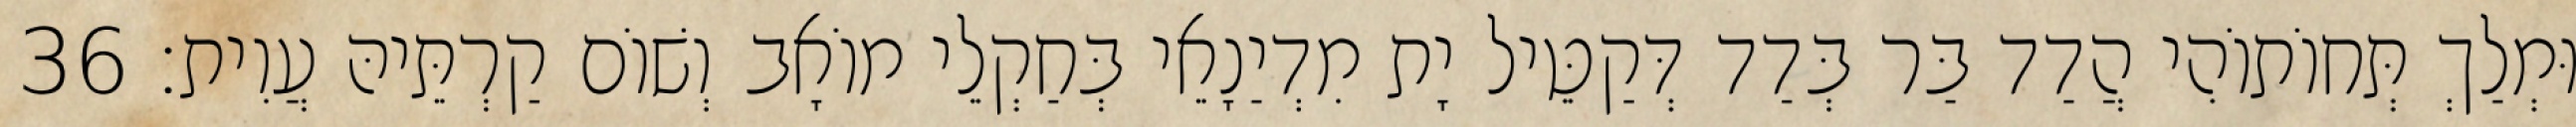
וּמְלַךְ תְּחוֹתוֹהִי הֲדַד בַּר בְּדַד דְּקַטֵּיל יָת מִדְיַנָאֵי בְּחַקְלֵי מוֹאָב וְשׁוֹם קַרְתֵּיהּ עֲוִית׃ 36